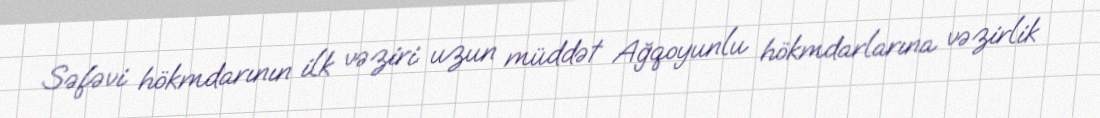
Səfəvi hökmdarının ilk vəziri uzun müddət Ağqoyunlu hökmdarlarına vəzirlik